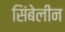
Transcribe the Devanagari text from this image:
सिंबेलीन